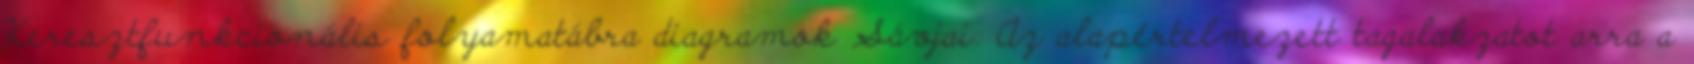
Keresztfunkcionális folyamatábra diagramok Sávjai. Az alapértelmezett tagalakzatot arra a